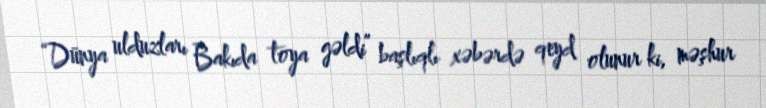
“Dünya ulduzları Bakıda toya gəldi” başlıqlı xəbərdə qeyd olunur ki, məşhur